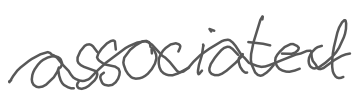
Text: associated
Cross-out: mix
Writing tool: digital_gray